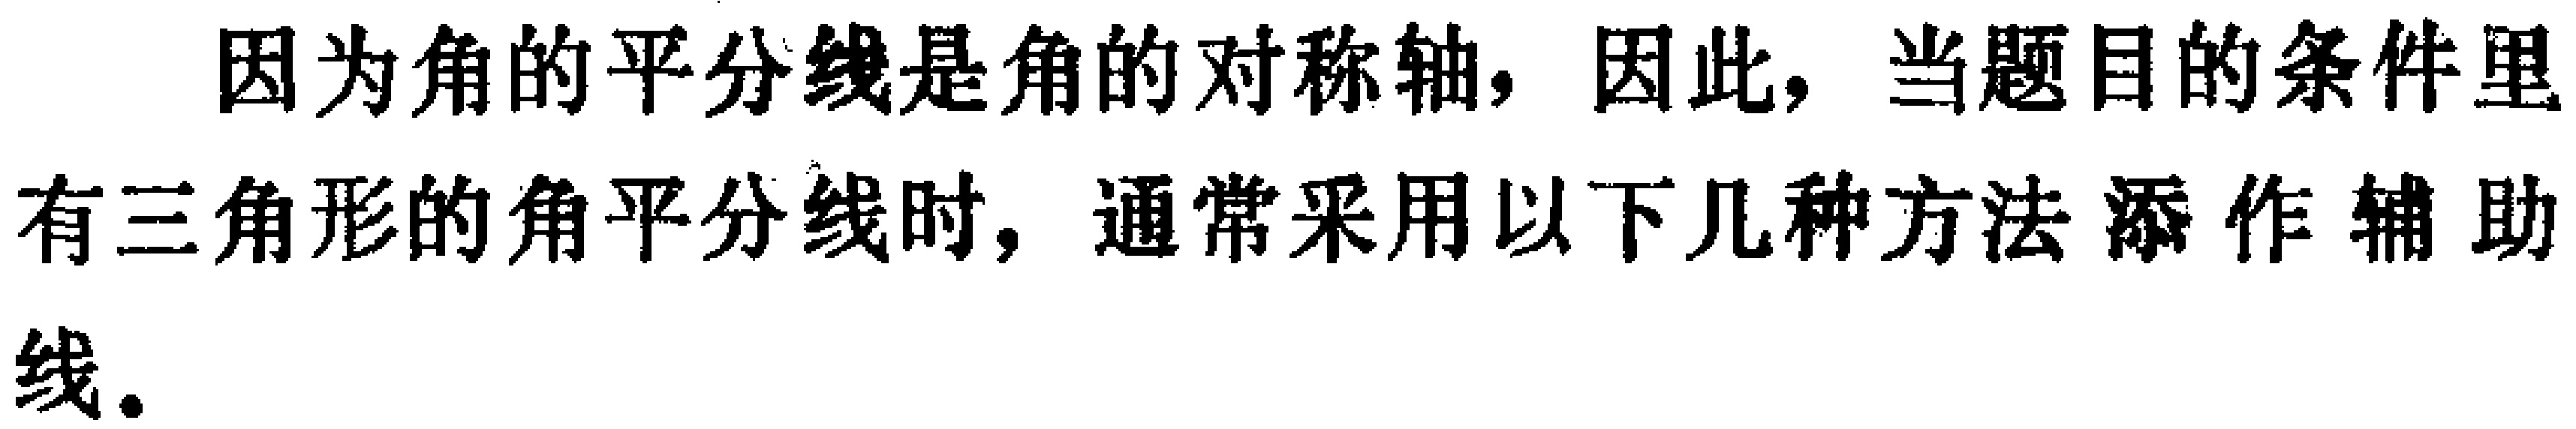
因为角的平分线是角的对称轴，因此，当题目的条件里有三角形的角平分线时，通常采用以下几种方法添作辅助线。